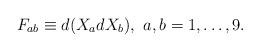
LaTeX: \begin{align*}F_{ab}\equiv d(X_{a}dX_{b}) ,\, \, a,b = 1,\ldots,9.\end{align*}